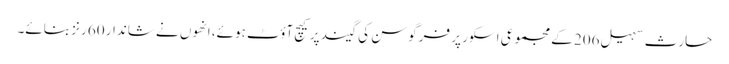
حارث سہیل 206 کے مجموعی اسکور پر فرگوسن کی گیند پر کیچ آؤٹ ہوئے، انھوں نے شاندار 60 رنز بنائے۔